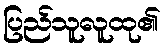
ပြည်သူလူထု၏